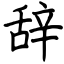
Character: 辞